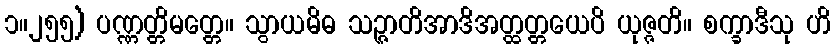
၁။၂၅၅) ပဏ္ဏတ္တိမတ္တေ။ သွာယမိဓ သဉ္ဇာတိအာဒိအတ္ထတ္တယေပိ ယုဇ္ဇတိ။ စက္ခာဒီသု ဟိ